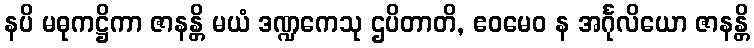
နပိ မဓုကဋ္ဌိကာ ဇာနန္တိ မယံ ဒဏ္ဍကေသု ဌပိတာတိ, ဧဝမေဝ န အင်္ဂုလိယော ဇာနန္တိ